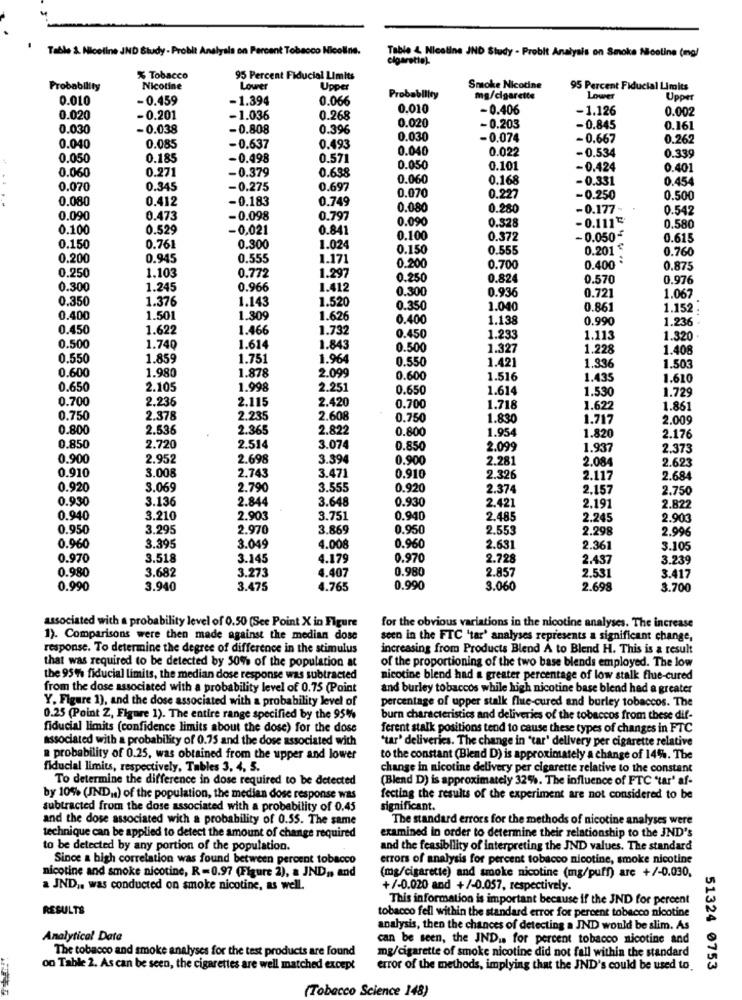
Table S. Nicoline JND Study - Probit Analyals on Percent Tobacco Nicoline.
Table & Nicoline JND Study - Probit Analysis on Smoke Nicoline (mg/
cigarette).
% Tobacco
95 Percent Fiducial Limits
Probability
Nicotine
Louer
Upper
Smoke Nicotine
95 Percent Fiducial Limits
0.010
-0.459
-1.394
0.066
Probability
mg/cigarette
Lower
Upper
0.010
-0.406
-1.126
0.002
0.020
-0.201
-1.036
0.268
0.020
0.030
- 0.038
- 0.808
0.396
-0.203
-0.845
0.161
0.030
- 0.074
-0.667
0.262
0.040
0.085
-0.637
0.493
0.040
0.022
-0.534
0.050
0.185
-0.498
0.571
0.339
0.060
0.271
-0.379
0.638
0.050
0.101
-0.424
0.401
0.060
0.168
- 0.331
0.454
0.070
0.345
-0.275
0.697
0.070
0.080
0.412
-0.183
0.749
0.227
- 0.250
0.500
0.080
0.280
-0.177-
0.542
0.090
0.473
-0.098
0.797
0.090
-0.111℃
0.100
0.529
-0,021
0.841
0.328
0.580
0.100
0.372
- 0.050*
0.615
0.150
0.761
0.300
1.024
0.150
0.555
0.201
0.760
0.200
0.945
0.555
1.171
0.200
0.400*
0.250
1.103
0.772
0.700
0.875
1.297
0.250
0.824
0.570
0.976
0.300
1.245
0.966
1.412
0.300
0.936
0.721
0.350
1.376
1.143
1.520
1.067
0.350
1.040
0.86
1.152 :
0.400
1.501
1.309
1.626
0.400
1.138
0.990
1.236
0.450
1.622
1.466
1.732
0.450
1.233
1.113
1.320
0.500
1.740
1.614
1.843
0.500
1.327
1.228
1.408
0.550
1.859
1.751
1.964
0.550
1.421
0.600
1.980
1.878
2.099
1.336
1.503
0.600
1.516
1.435
1.610
0.650
2.105
1.998
2.251
0.650
1.614
1.530
1.729
0.700
2.236
2.115
2.420
0.700
1.718
1.622
1.861
0.750
2.378
2.235
2.608
0.750
1.830
1.717
2.009
0.800
2.536
2.365
2.822
0.800
1.954
1.820
2.176
0.850
2.720
2.514
3.074
0.850
2.099
1.937
2.373
0.900
2.952
2.698
3.394
0.900
2.281
2.084
2.623
0.910
3.008
2.743
3.471
0.910
2.326
2.117
2.684
0.920
3.069
2.790
3.555
0.920
2.374
2.157
2.750
0.930
3.136
2.844
3.648
0.930
2.822
2.421
2.191
0.940
3.210
2.903
3.751
0.940
2.485
2.245
2.903
0.950
3.295
2.970
3.869
0.950
2.553
2.298
2.996
0.960
3.395
3.049
4.008
0.960
2.631
2.361
3.105
0.970
3.518
3.145
4.179
0.970
2.728
2.437
3.239
0.980
3.682
3.273
4.407
0.980
2.857
2.531
3.417
0.990
3.940
3.475
4.765
0.990
3.060
2.698
3.700
associated with a probability level of 0.50 (See Point X in Figure
for the obvious variations in the nicotine analyses. The increase
1). Comparisons were then made against the median dose
seen in the FTC 'tar' analyses represents a significant change,
response. To determine the degree of difference in the stimulus
increasing from Products Blend A to Blend H. This is a result
that was required to be detected by 50% of the population at
of the proportioning of the two base blends employed. The low
the 95% fiducial limits, the median dose response was subtracted
nicotine blend had a greater percentage of low stalk flue-cured
from the dose associated with a probability level of 0.75 (Point
and burley tobaccos while high nicotine base blend had a greater
Y. Figure 1), and the dose associated with a probability level of
percentage of upper stalk flie-cured and burley tobaccos. The
0.25 (Point Z, Figure 1). The entire range specified by the 95%
burn characteristics and deliveries of the tobaccos from these dif-
fiducial limits (confidence limits about the dose) for the dose
ferent stalk positions tend to cause these types of changes in FTC
associated with a probability of 0.75 and the dose associated with
"tar' deliveries. The change in "tar' dellvery per cigarette relative
a probability of 0.25, was obtained from the upper and lower
to the constant (Blend D) is approximately a change of 14%. The
fiducial limits, respectively, Tables 3, 4, 5.
change in nicotine delivery per cigarette relative to the constant
To determine the difference in dose required to be detected
(Blend D) is approximately 32%. The influence of FTC 'tar' af-
by 10% (JND ,. ) of the population, the median dose response was
fecting the results of the experiment are not considered to be
subtracted from the dose associated with a probability of 0.45
significant.
and the dose associated with a probability of 0.55. The same
The standard errors for the methods of nicotine analyses were
technique can be applied to detect the amount of change required
examined in order to determine their relationship to the JND's
to be detected by any portion of the population.
and the feasibility of interpreting the JND values. The standard
Since a high correlation was found between percent tobacco
errors of analysis for percent tobacco nicotine, smoke nicotine
nicotine and smoke nicotine, R -0.97 (Figure 2), a JND ,, and
(mg/cigarette) and smoke nicotine (mg/puff) are +/-0.030,
a JND .. was conducted on smoke nicotine, as well.
+/-0.020 and +/-0.057, respectively.
This information is important because if the JND for percent
RESULTS
tobacco fell within the standard error for percent tobacco nicotine
analysis, then the chances of detecting a JND would be slim. As
Analytical Date
can be seen, the JND .. for percent tobacco nicotine and
The tobacco and smoke analyses for the test products are found
mg/cigarette of smoke nicotine did not fall within the standard
on Table 2. As can be seen, the cigarettes are well matched except
error of the methods, implying that the JND's could be used to.
51324 0753
(Tobacco Science 148)